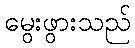
မွေးဖွားသည်